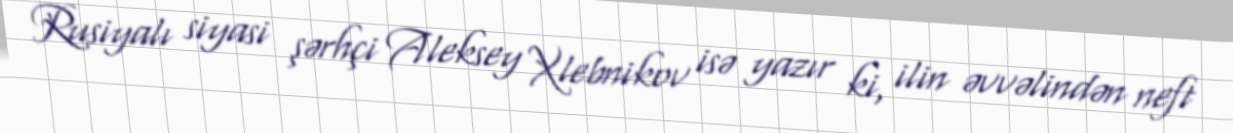
Rusiyalı siyasi şərhçi Aleksey Xlebnikov isə yazır ki, ilin əvvəlindən neft